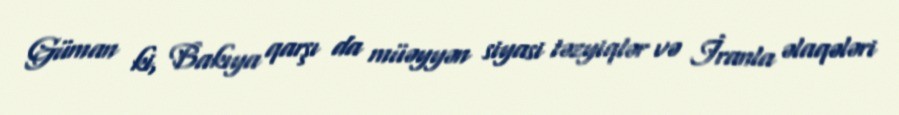
Güman ki, Bakıya qarşı da müəyyən siyasi təzyiqlər və İranla əlaqələri